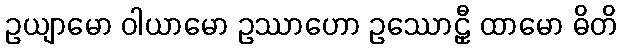
ဥယျာမော ဝါယာမော ဥဿာဟော ဥဿောဠှီ ထာမော ဓိတိ